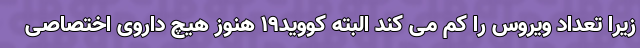
زیرا تعداد ویروس را کم می کند البته کووید۱۹ هنوز هیچ داروی اختصاصی